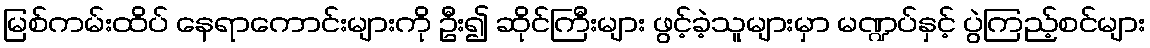
မြစ်ကမ်းထိပ် နေရာကောင်းများကို ဦး၍ ဆိုင်ကြီးများ ဖွင့်ခဲ့သူများမှာ မဏ္ဍပ်နှင့် ပွဲကြည့်စင်များ